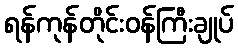
ရန်ကုန်တိုင်းဝန်ကြီးချုပ်